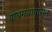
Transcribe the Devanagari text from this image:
बोधगयापासून